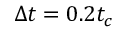
\Delta t = 0 . 2 t _ { c }